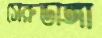
সেরুডাঙ্গা